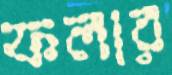
ফলার